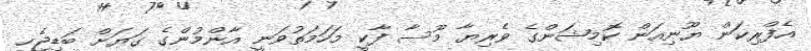
އެފްރިކަން ޔޫނިއަން ކޮމިޝަންގެ ވެރިޔާ މޫސާ ފާކީ މަހަމަތުވަނީ އާންމުންގެ ގަޔަށް ބަޑިޖެހި